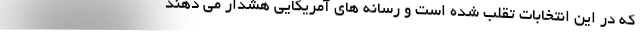
که در این انتخابات تقلب شده است و رسانه های آمریکایی هشدار می دهند